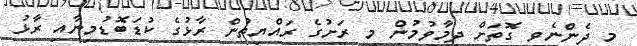
މި ދެންނެވި ގޮތަށް ދިމާވުމުން މި ރަށުގެ ރައްޔިތުން ރާޅުގެ ކުޑަބޮޑުމިނާއި ރާޅު